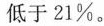
低于21%。